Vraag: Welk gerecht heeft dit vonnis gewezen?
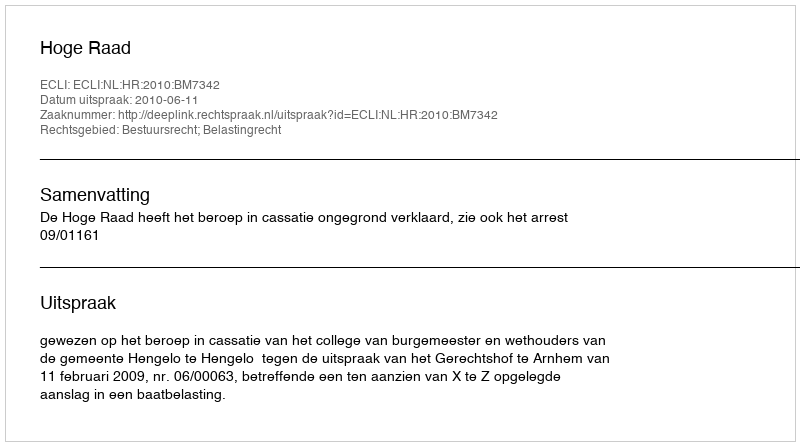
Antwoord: Hoge Raad